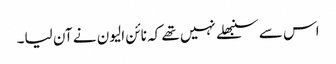
اس سے سنبھلے نہیں تھے کہ نائن الیون نے آن لیا۔